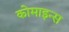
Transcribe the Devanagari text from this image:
कोमाइन्स